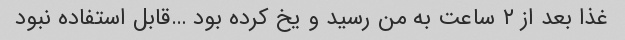
غذا بعد از ۲ ساعت به من رسید و یخ کرده بود …قابل استفاده نبود